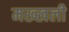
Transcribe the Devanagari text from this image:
मख्खली